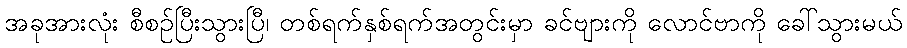
အခုအားလုံး စီစဉ်ပြီးသွားပြီ၊ တစ်ရက်နှစ်ရက်အတွင်းမှာ ခင်ဗျားကို လောင်ဗာကို ခေါ်သွားမယ်